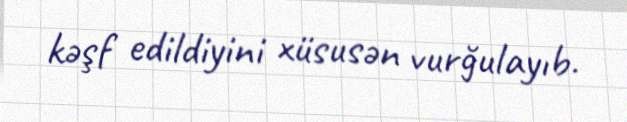
kəşf edildiyini xüsusən vurğulayıb.